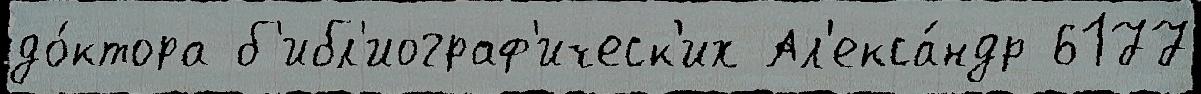
до́ктора б'ибл'иограф'ическ'их Ал'екса́ндр 6177